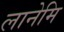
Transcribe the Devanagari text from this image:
लानेमि